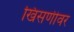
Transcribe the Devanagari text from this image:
खिसणीवर